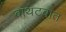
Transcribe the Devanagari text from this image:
बाथटबात